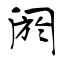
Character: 阏